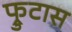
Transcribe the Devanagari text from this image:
फ्रुटास